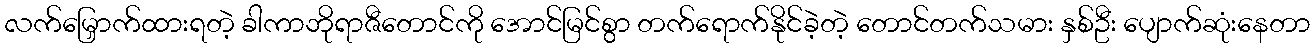
လက်မြှောက်ထားရတဲ့ ခါကာဘိုရာဇီတောင်ကို အောင်မြင်စွာ တက်ရောက်နိုင်ခဲ့တဲ့ တောင်တက်သမား နှစ်ဦး ပျောက်ဆုံးနေတာ